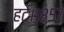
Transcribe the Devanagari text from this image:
हटे।१८५७